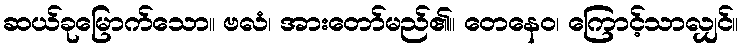
ဆယ်ခုမြောက်သော။ ဗလံ၊ အားတော်မည်၏။ တေနေဝ၊ ကြောင့်သာလျှင်။